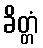
ခိတ္တံ